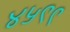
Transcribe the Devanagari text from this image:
४५९९